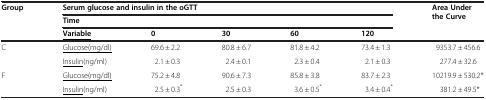
<table><thead><tr><td rowspan="3"><b>Group</b></td><td colspan="5"><b>Serum glucose and insulin in the oGTT</b></td><td rowspan="3"><b>Area Under the Curve</b></td></tr><tr><td colspan="5"><b>Time</b></td></tr><tr><td><b><underline>Variable</underline></b></td><td><b>0</b></td><td><b>30</b></td><td><b>60</b></td><td><b>120</b></td></tr></thead><tbody><tr><td>C</td><td><underline>Glucose(mg/dl)</underline></td><td>69.6 ± 2.2</td><td>80.8 ± 6.7</td><td>81.8 ± 4.2</td><td>73.4 ± 1.3</td><td>9353.7 ± 456.6</td></tr><tr><td> </td><td><underline>Insulin</underline>(ng/ml)</td><td>2.1 ± 0.3</td><td>2.4 ± 0.1</td><td>2.3 ± 0.4</td><td>2.1 ± 0.3</td><td>277.4 ± 32.6</td></tr><tr><td>F</td><td><underline>Glucose(mg/dl)</underline></td><td>75.2 ± 4.8</td><td>90.6 ± 7.3</td><td>85.8 ± 3.8</td><td>83.7 ± 2.3</td><td>10219.9 ± 530.2*</td></tr><tr><td> </td><td><underline>Insulin</underline>(ng/ml)</td><td>2.5 ± 0.3<sup>*</sup></td><td>2.5 ± 0.3</td><td>3.6 ± 0.5<sup>*</sup></td><td>3.4 ± 0.4<sup>*</sup></td><td>381.2 ± 49.5*</td></tr></tbody></table>